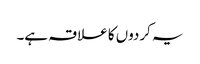
یہ کردوں کا علاقہ ہے۔